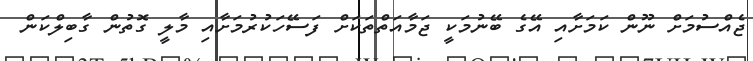
ޖެއްސުމަށް ނޫން ކަމަށާއި އޭގެ ބޭނުމަކީ ޖަމާއަތްތަކަށް ފަސޭހަކުރުމަށާއި މާލީ ގޮތުން ގާބިލްކަން